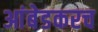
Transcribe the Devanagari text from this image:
आंबेडकरच